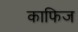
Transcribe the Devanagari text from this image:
काफिज